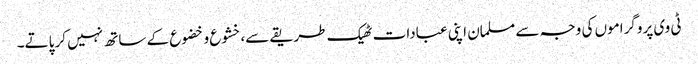
ٹی وی پروگراموں کی وجہ سے مسلمان اپنی عبادات ٹھیک طریقے سے،خشوع و خضوع کے ساتھ نہیں کر پاتے۔